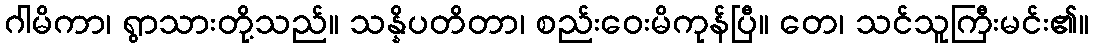
ဂါမိကာ၊ ရွာသားတို့သည်။ သန္နိပတိတာ၊ စည်းဝေးမိကုန်ပြီ။ တေ၊ သင်သူကြီးမင်း၏။